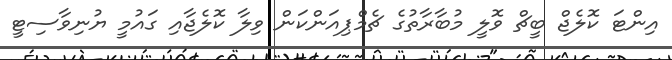
އިންޓަ ކޮލެޖް ބީޗް ވޮލީ މުބާރާތުގެ ޗެމްޕިއަންކަން ވިލާ ކޮލެޖާއި ގައުމީ ޔުނިވާސިޓީ